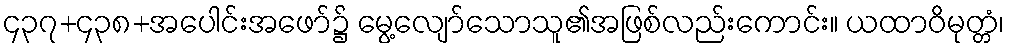
၄၃၇+၄၃၈+အပေါင်းအဖော်၌ မွေ့လျော်သောသူ၏အဖြစ်လည်းကောင်း။ ယထာဝိမုတ္တံ၊